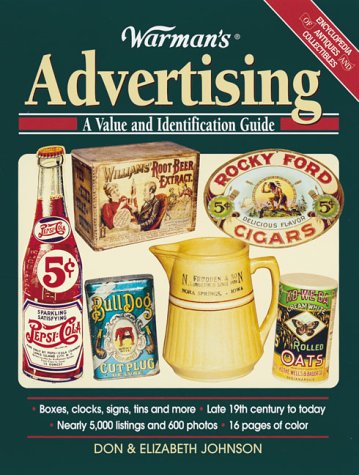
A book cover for Warman's Advertising (Encyclopedia of Antiques & Collectibles); Don Johnson; Crafts, Hobbies & Home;